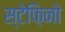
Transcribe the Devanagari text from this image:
स्टेफ़िनो